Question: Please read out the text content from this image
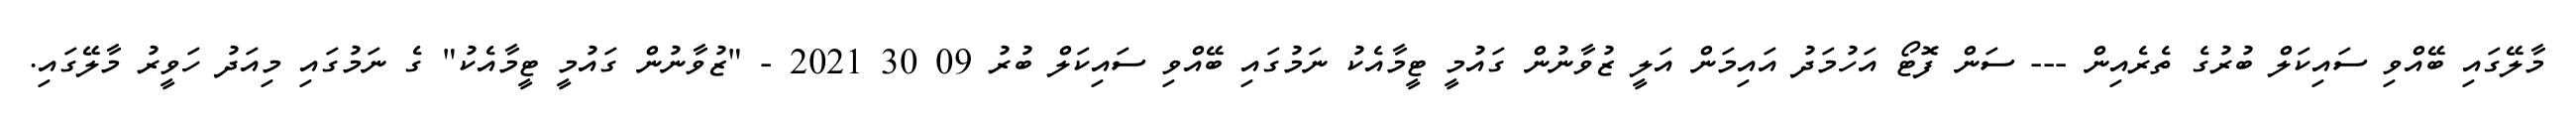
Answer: މާލޭގައި ބޭއްވި ސައިކަލް ބުރުގެ ތެރެއިން --- ސަން ފޮޓޯ އަހުމަދު އައިމަން އަލީ ޒުވާނުން ގައުމީ ޓީމާއެކު ނަމުގައި ބޭއްވި ސައިކަލް ބުރު 09 30 2021 - "ޒުވާނުން ގައުމީ ޓީމާއެކު" ގެ ނަމުގައި މިއަދު ހަވީރު މާލޭގައި.